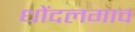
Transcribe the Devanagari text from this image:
धोंदलगाव